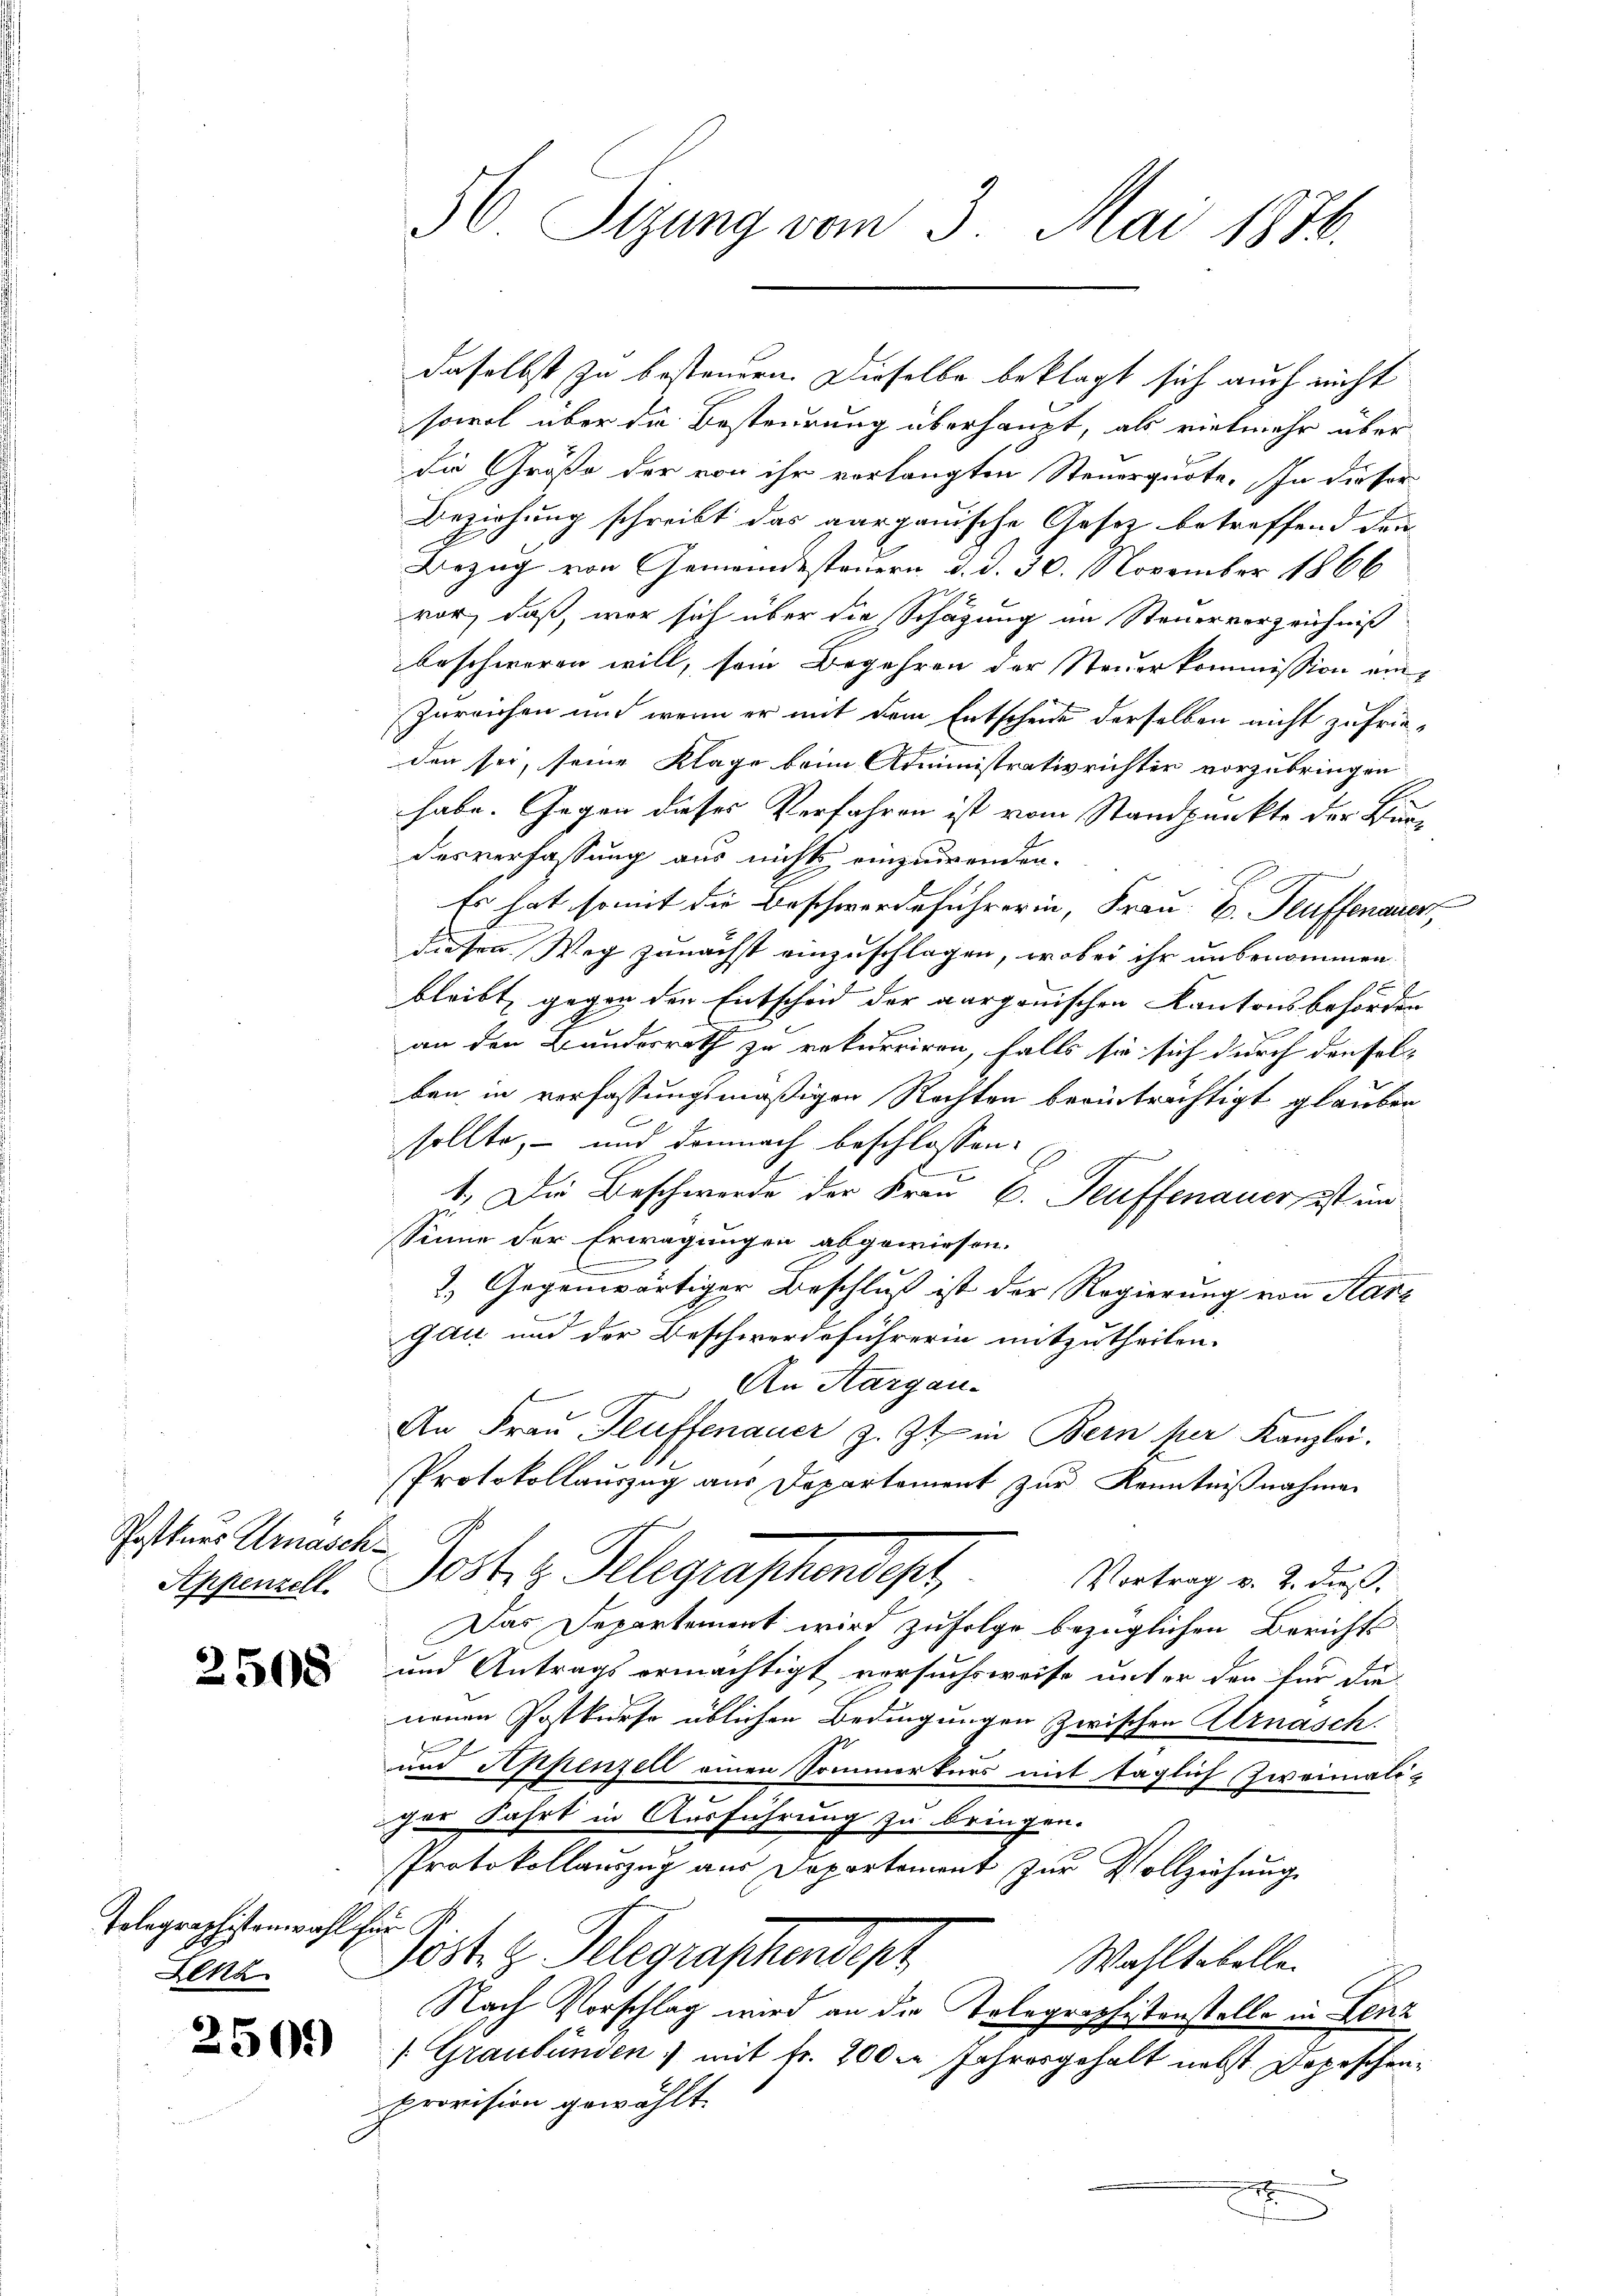
Postnus Arnasch¬
Appenzell.

2508

Telegraphistenwahl für B
Lenz

sowol über die Besteurung überhaupt, als vielmehr über
die Größe der von ihr vorlangten Steuerquote. In dieser
Beziehung schreibt das aargauische Gesetz betreffend denn
Bezug von Gemeindesteuern d. d. 30. November 1866
vor, daß, vor sich über die Schazung im Steuerverzeichniß
beschweren will, sein Begehren der Steuerkommission ein¬
Zureichen und wenn er mit dem Entscheide derselben nicht zufrieden sei, seine Klage beim Administrativ richter vorzubringen
habe. Gegen dieses Verfahren ist vom Standpunkte der Bundesverfassung aus nichts einzuwenden.
Es hat somit die Beschwerdeführerin, Frau B. Teuffenauer
diesen Weg zunächst einzuschlagen, wobei ihr unbenommen.
bleibt, gegen der Entscheid der aargauischen Kantonsbehörden
an den Bundesrath zu rekurriren, falls sie sich durch den sol-
ben in verfassungsmäßigen Rechten beeintrichtigt glauben
sollte, – und demnach beschlossen:
1. Die Beschwerde der Frau E. Teuffenauer ist un
sSinne der Erwägungen abgewiesen.
2) Gegenwärtiger Beschluß ist der Regierung von Karz
Gau und der Beschwerdeführerin mitzutheilen.
An Aargau.
An Fraŭ Heuffenauer z. Zt. in Bern per Kanzlei.
Protokollauszug aus Departement zur Kenntnißnahmen
Posten Gelegraphendiget,
Vortrag v. 2. dieß.
Das Departement wird zufolge bezüglichen Berichts
und Antrags ermächtigt versuchsweise unter den für die
neuen Postkurse üblichen Bedingungen zwischen Alrnasch
d
und Appenzell einen Sommerkurs mit täglich zweimaliger Fahrt in Ausführung zu bringen.
Protokollauszug aus Departement zur Vollziehung
öst. g. Telegraphendepr
Wahltabelle.
Nach Vorschlag wird an die Telegraphistenstelle in Lenz
/. Graubünden) mit fr. 200 in Jahresgehalt nebst Depeschen¬
Provision gewählt
x

50. Stzung vom 3. Mai 1876.

daselbst zu bestenden. Dieselbe beklagt sich auch nicht